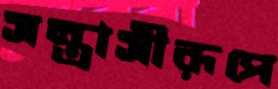
সন্ত্রাসীরূপে